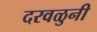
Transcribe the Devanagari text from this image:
दरवळुनी